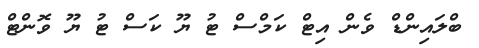
ބްލައިންޑް ވެން އިޓް ކަމްސް ޓު ޔޫ ކަސް ޓު ޔޫ ވޮންޓް